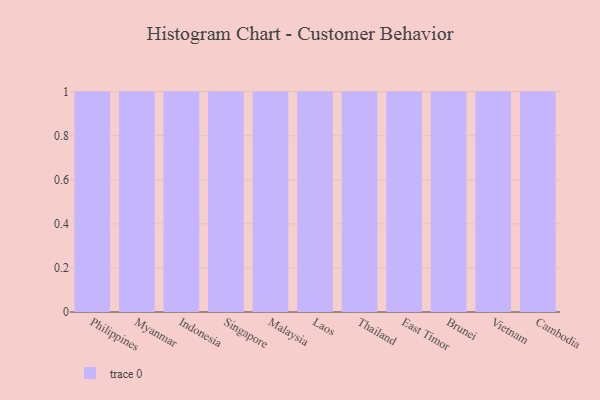
{"axis": {"x": "Country", "y": "Energy Usage (MWh)"}, "legend": [""], "data": [{"x": "Philippines", "y": 80, "type": ""}, {"x": "Myanmar", "y": 57, "type": ""}, {"x": "Indonesia", "y": 6, "type": ""}, {"x": "Singapore", "y": 26, "type": ""}, {"x": "Malaysia", "y": 97, "type": ""}, {"x": "Laos", "y": 9, "type": ""}, {"x": "Thailand", "y": 92, "type": ""}, {"x": "East Timor", "y": 92, "type": ""}, {"x": "Brunei", "y": 53, "type": ""}, {"x": "Vietnam", "y": 42, "type": ""}, {"x": "Cambodia", "y": 80, "type": ""}]}